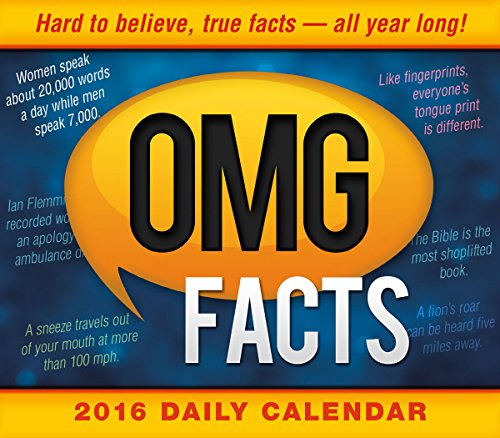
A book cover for OMG Facts 2016 Boxed/Daily Calendar; Spartz Media; Calendars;